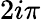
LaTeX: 2i\pi